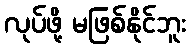
လုပ်ဖို့ မဖြစ်နိုင်ဘူး